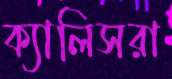
ক্যালিসরা